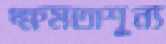
ক্ষমতাশূন্য